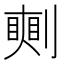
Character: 𠟰